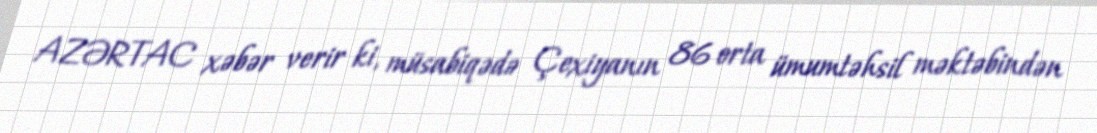
AZƏRTAC xəbər verir ki, müsabiqədə Çexiyanın 86 orta ümumtəhsil məktəbindən